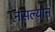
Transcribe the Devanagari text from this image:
नसल्यान